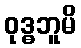
ဝုဒ္ဓဘူမိ